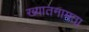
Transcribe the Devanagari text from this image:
ख्यातनामता